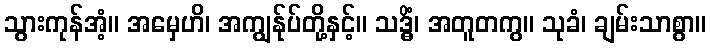
သွားကုန်အံ့။ အမှေဟိ၊ အကျွန်ုပ်တို့နှင့်။ သဒ္ဓိံ၊ အတူတကွ။ သုခံ၊ ချမ်းသာစွာ။